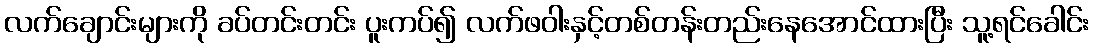
လက်ချောင်းများကို ခပ်တင်းတင်း ပူးကပ်၍ လက်ဖဝါးနှင့်တစ်တန်းတည်းနေအောင်ထားပြီး သူ့ရင်ခေါင်း